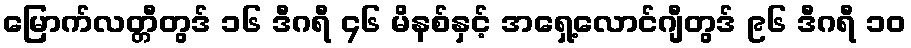
မြောက်လတ္တီတွဒ် ၁၆ ဒီဂရီ ၄၆ မိနစ်နှင့် အရှေ့လောင်ဂျီတွဒ် ၉၆ ဒီဂရီ ၁၀